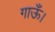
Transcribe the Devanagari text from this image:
गाऊँ।